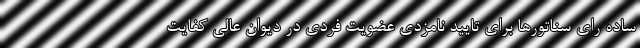
ساده رای سناتورها برای تایید نامزدی عضویت فردی در دیوان عالی کفایت